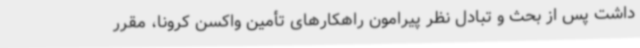
داشت پس از بحث و تبادل نظر پیرامون راهکارهای تأمین واکسن کرونا، مقرر